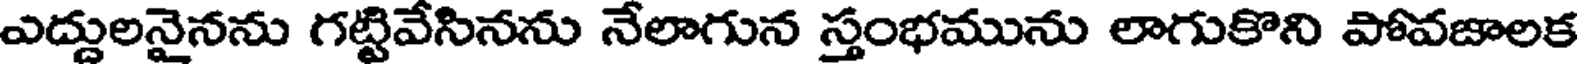
ఎద్దులనైనను గట్టివేసినను నేలాగున స్తంభమును లాగుకొని పోవజాలక